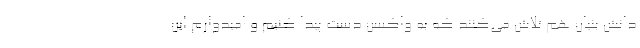
دانش بنیان هم تلاش می‌کنند که به واکسن دست پیدا کنیم و امیدوارم این